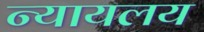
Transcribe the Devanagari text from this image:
न्‍यायलय